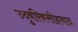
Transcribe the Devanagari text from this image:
उदुबरिकसीहनाद